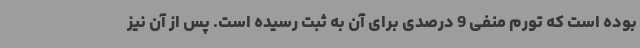
بوده است که تورم منفی 9 درصدی برای آن به ثبت رسیده است. پس از آن نیز